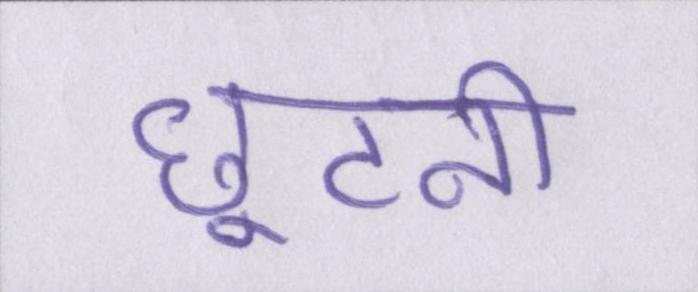
छूटनी